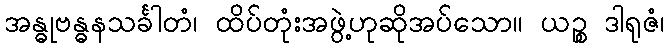
အန္ဓုဗန္ဓနသင်္ခါတံ၊ ထိပ်တုံးအဖွဲ့ဟုဆိုအပ်သော။ ယဉ္စ ဒါရုဇံ၊